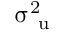
\upsigma _ { \mathrm { ~ u ~ } } ^ { 2 }